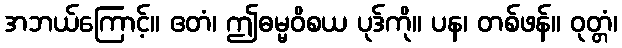
အဘယ်ကြောင့်။ ဧတံ၊ ဤဓမ္မဝိစယ ပုဒ်ကို။ ပန၊ တစ်ဖန်။ ဝုတ္တံ၊